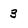
Character: 3